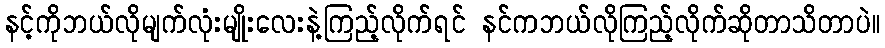
နင့်ကိုဘယ်လိုမျက်လုံးမျိုးလေးနဲ့ကြည့်လိုက်ရင် နင်ကဘယ်လိုကြည့်လိုက်ဆိုတာသိတာပဲ။